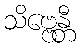
သိဗ္ဗေန္တီ